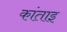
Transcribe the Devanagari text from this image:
कांताइ